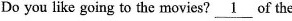
Do you like going to the movies? \underline { 1 } of the